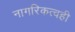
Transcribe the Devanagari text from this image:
नागरिकत्वही